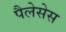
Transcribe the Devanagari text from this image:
पैलेसेस